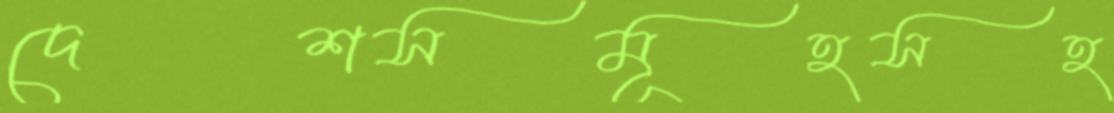
দেশসমূহসহ